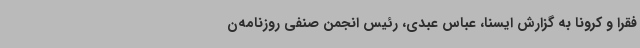
فقرا و کرونا به گزارش ایسنا، عباس عبدی، رئیس انجمن صنفی روزنامه‌ن